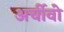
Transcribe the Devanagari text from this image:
अर्चीवो